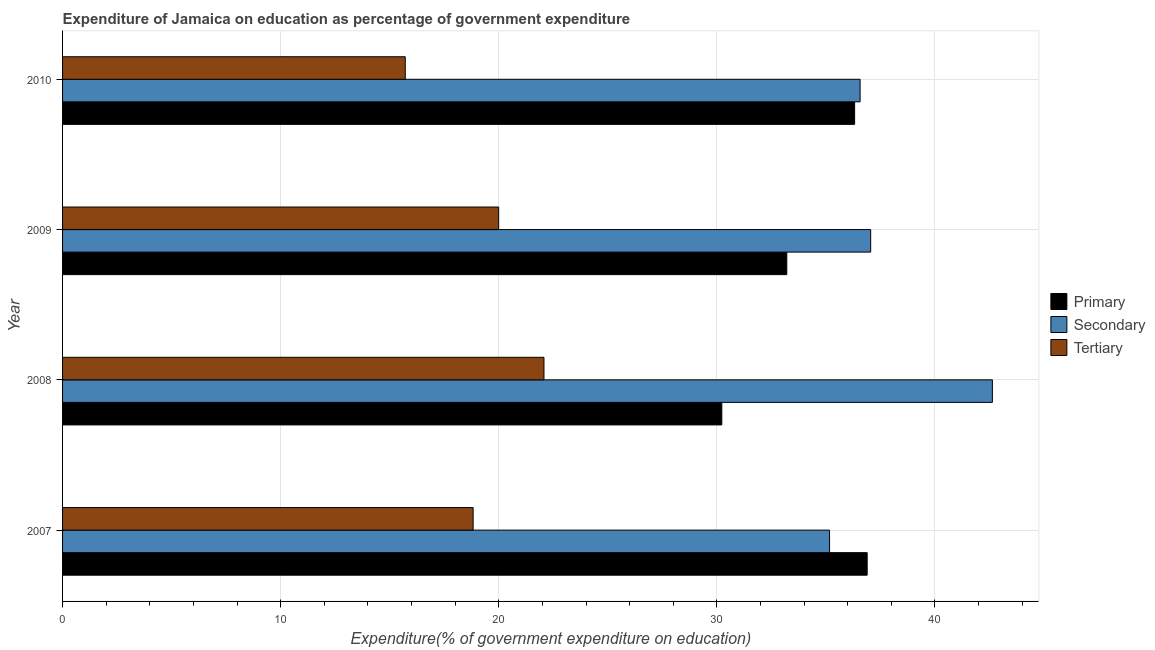
| Year | Primary | Secondary | Tertiary |
 | --- | --- | --- | --- |
 | 2007 | 36.9 | 35.2 | 18.8 |
 | 2008 | 30.2 | 42.6 | 22.1 |
 | 2009 | 33.2 | 37.1 | 20 |
 | 2010 | 36.3 | 36.6 | 15.7 |